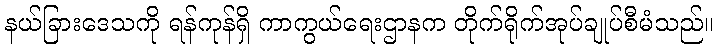
နယ်ခြားဒေသကို ရန်ကုန်ရှိ ကာကွယ်ရေးဌာနက တိုက်ရိုက်အုပ်ချုပ်စီမံသည်။